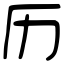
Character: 历